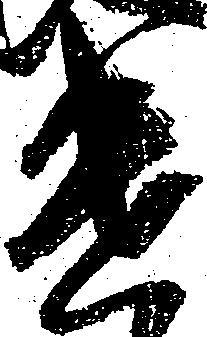
遣